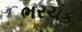
ભરચક